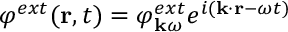
\varphi ^ { e x t } ( { \bf r } , t ) = \varphi _ { { \bf k } \omega } ^ { e x t } e ^ { i ( { \bf k } \cdot { \bf r } - \omega t ) }